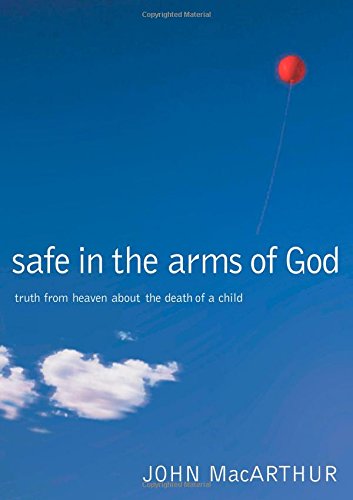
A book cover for Safe in the Arms of God: Truth from Heaven About the Death of a Child; John F. MacArthur; Self-Help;